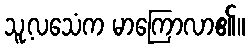
သူ့လသေံက မာကြောလာ၏။